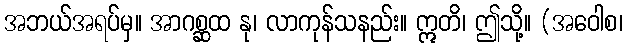
အဘယ်အရပ်မှ။ အာဂစ္ဆထ နု၊ လာကုန်သနည်း။ ဣတိ၊ ဤသို့။ (အဝေါစ၊